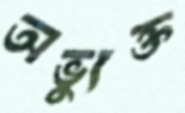
অভ্যুক্ত